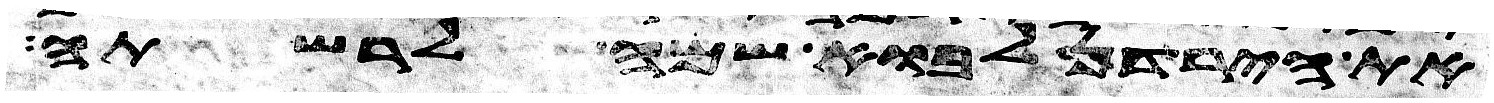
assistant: את הירדן לבוא שמה לרשתה